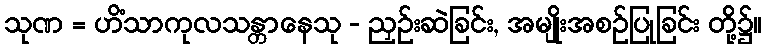
သုဏ = ဟိံသာကုလသန္တာနေသု - ညှဉ်းဆဲခြင်း, အမျိုးအစဉ်ပြုခြင်း တို့၌။